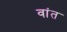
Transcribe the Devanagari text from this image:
वांत